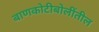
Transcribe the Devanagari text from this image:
बाणकोटीबोलींतील